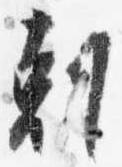
剋